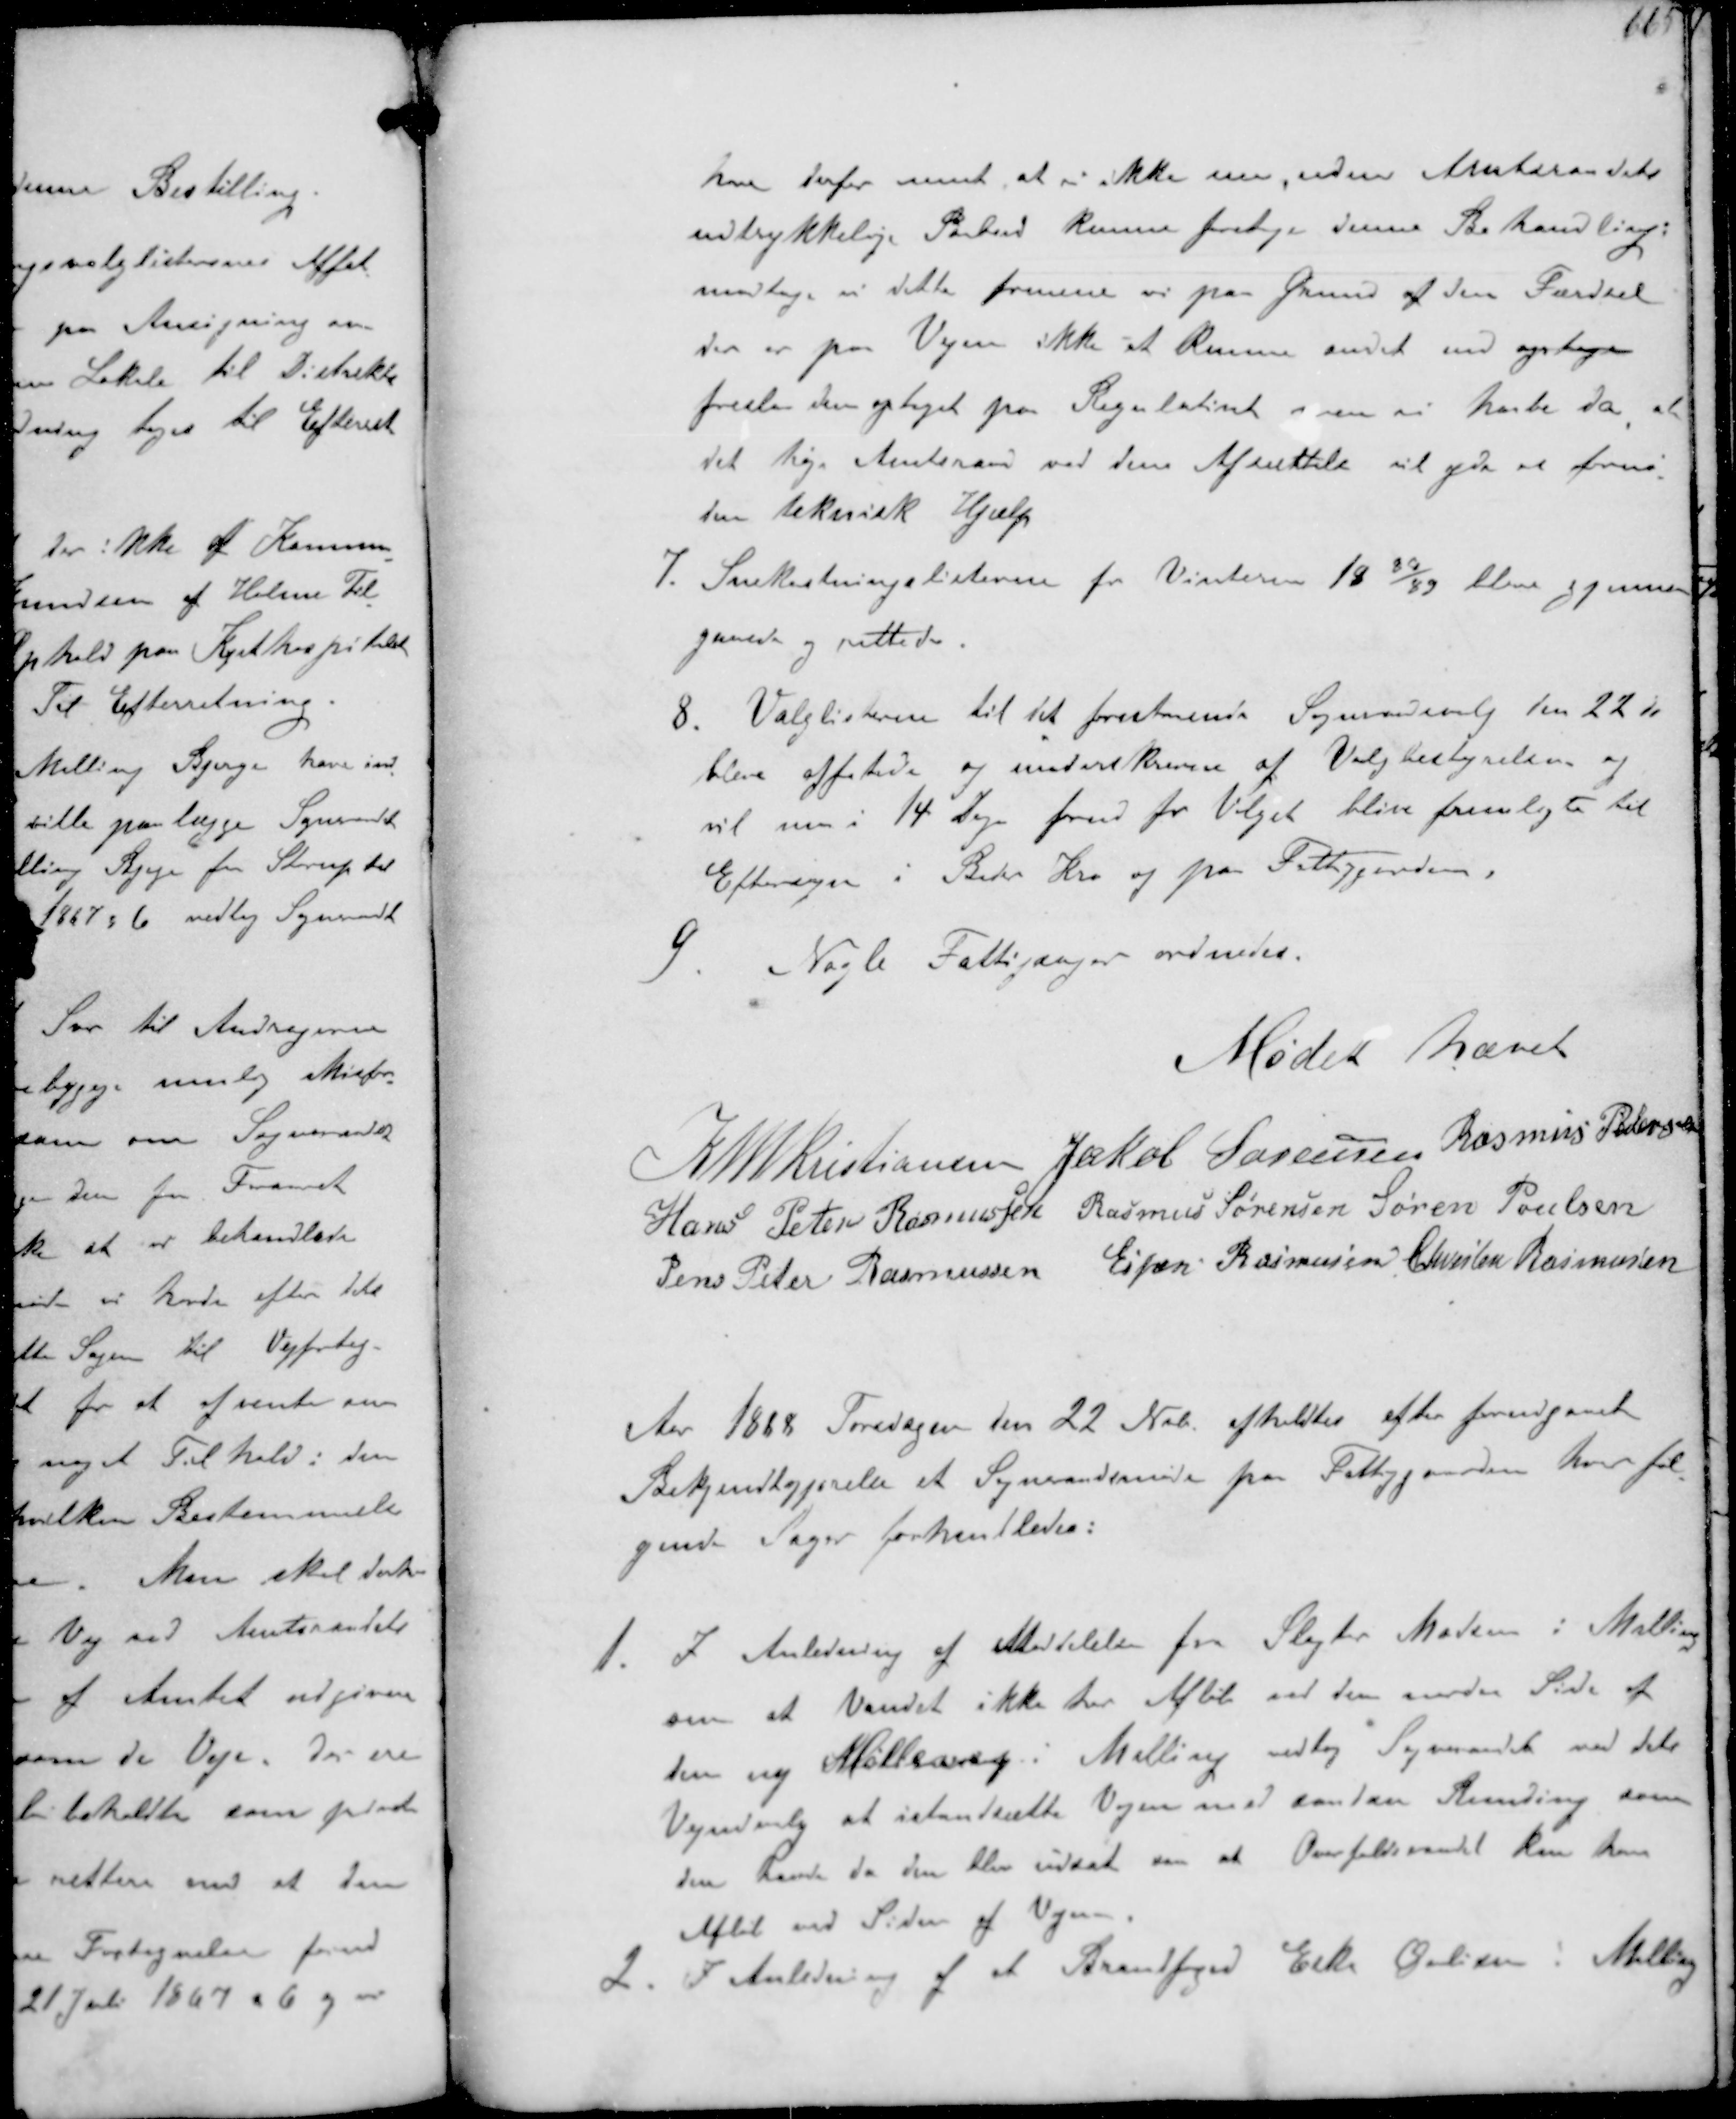
Transskription:
har derfor at ikke nu uden Amtsraadets
udtrykkelige Paabud kunne fortage denne Behandling.
modtager vi dette formener vi paa Grund af den Færdsel
der er paa Vejen ikke at kunne andet end optage
foreslaa den optaget paa Regulativet som vi havde da, at
det høje Amtsraad ved dens Afsættelse vil yde os fornø-
den teknisk Hjælp
7. Snekastningslisterne for Vinteren 1888/89 blev gjennem-
gaaede og rettede
8. Valglisterne til det forestaaende Sogneraadsvalg den 22de
blev affattede og underskreven af Valgbestyrelsen og
vil nu i 14 Dage forud for Valget blive fremlagte til
Eftersyn i Beder Kro og paa Fattiggaarden
9. Nogle Fattigsager ordnedes.

Mødet hævet

K N M Kristiansen Jakob Sørensen Rasmus Pedersen
Hans Peter Rasmussen Rasmus Sørensen Søren Poulsen
Jens Peter Rasmussen Espen Rasmussen Christen Rasmussen

Aar 1888 Torsdagen den 22 Nobr afholdtes efter forudgaaet
Bekjendtgjørelse at Sogneraadsmøde paa Fattiggaarden hvor føl-
gende Sager forhandledes:
1. I Anledning af Meddelelse fra Slagter Madsen i Malling
om at Vandet ikke har Afløb ved den nordre Side af
den ny Møllervej i Malling vedtog Sogneraadet ved dets
Vejudvalg at istandsætte Vejen med saadan Runding som
den havde da den blev udsat om at Overfladevandet kun har
Afløb ved Siden af Vejen
2. I Anledning af et Brandfoged Eske Øvlisen i Malling